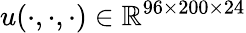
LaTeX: u(\cdot,\cdot,\cdot)\in\mathbb{R}^{96\times 200\times 24}